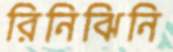
রিনিঝিনি